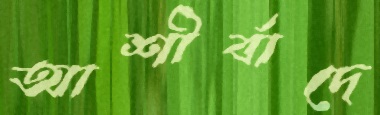
আশীর্বাদে